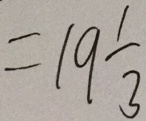
= 1 9 \frac { 1 } { 3 }